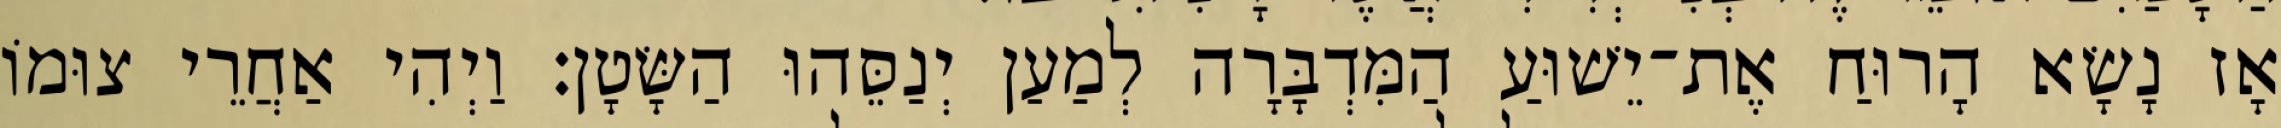
אָז נָשָׂא הָרוּחַ אֶת־יֵשׁוּעַ הַמִּדְבָּרָה לְמַעַן יְנַסֵּהוּ הַשָּׂטָן׃ וַיְהִי אַחֲרֵי צוּמוֹ